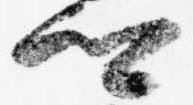
卿